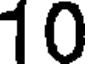
10